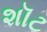
શૉટ